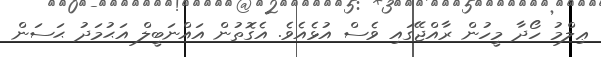
ޢިލްމު ހޯދާ މީހުން ރާއްޖޭގައި ވެސް އުޅެއެވެ. އެގޮތުން އައްނަބީލް އަޙުމަދު ޙަސަން